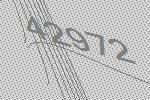
42972